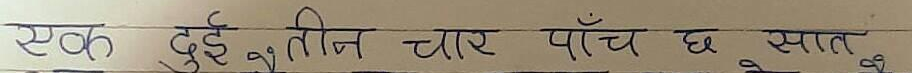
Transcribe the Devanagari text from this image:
एक दुई तीन चार पाँच छ सात